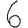
Digit: 6